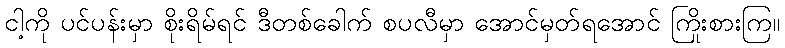
ငါ့ကို ပင်ပန်းမှာ စိုးရိမ်ရင် ဒီတစ်ခေါက် စပလီမှာ အောင်မှတ်ရအောင် ကြိုးစားကြ။